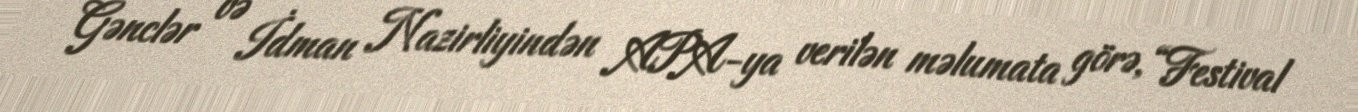
Gənclər və İdman Nazirliyindən APA-ya verilən məlumata görə, “Festival